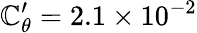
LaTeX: \mathbb{C}_{\theta}^{\prime}=2.1\times10^{-2}